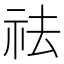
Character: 祛